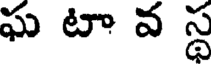
ఘ టా వ స్థ